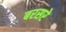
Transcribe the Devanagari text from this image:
बरसरे